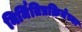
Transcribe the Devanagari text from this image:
निर्मितिप्रक्रियेच्या